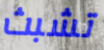
تشبث